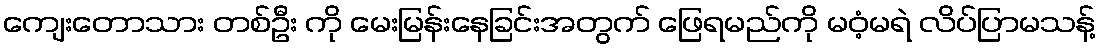
ကျေးတောသား တစ်ဦး ကို မေးမြန်းနေခြင်းအတွက် ဖြေရမည်ကို မဝံ့မရဲ လိပ်ပြာမသန့်